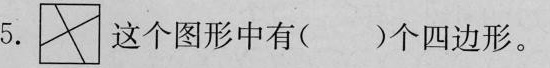
5. 这个图形中有（）个四边形。